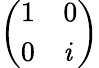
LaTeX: \left(\begin{array}{ll}{1}&{0}\\ {0}&{\mathit{i}}\end{array}\right)